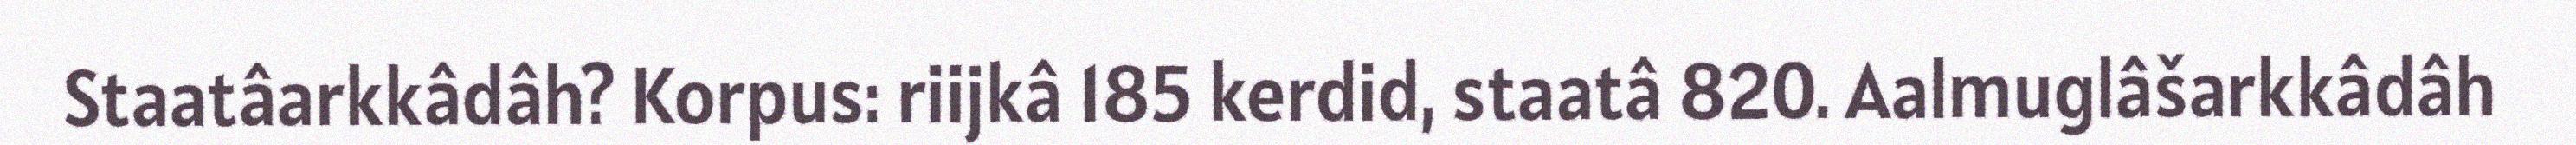
Staatâarkkâdâh? Korpus: riijkâ 185 kerdid, staatâ 820. Aalmuglâšarkkâdâh